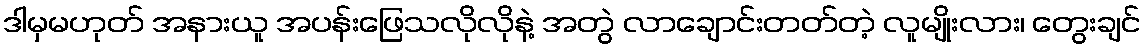
ဒါမှမဟုတ် အနားယူ အပန်းဖြေသလိုလိုနဲ့ အတွဲ လာချောင်းတတ်တဲ့ လူမျိုးလား၊ တွေးချင်